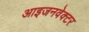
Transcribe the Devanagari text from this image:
आइजनवेक्टर